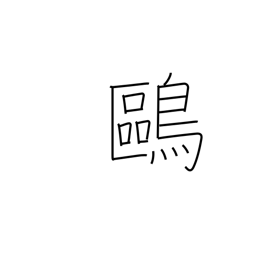
Meaning: tern